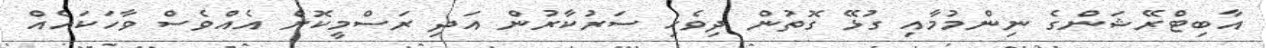
އާބިޓްރޭޝަންގެ ނިންމުމާއި ގުޅޭ ގޮތުން ދިވެހި ސަރުކާރުން އަދި ރަސްމީކޮށް އެއްވެސް ވާހަކައެއް